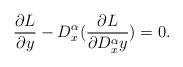
LaTeX: \begin{align*}\frac{\partial L}{\partial y}-D_{x}^{\alpha}(\frac{\partial L}{\partial D_{x}^{\alpha}y})=0.\end{align*}